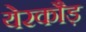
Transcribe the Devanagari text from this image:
येरकौड़